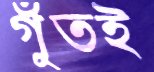
গুঁতই